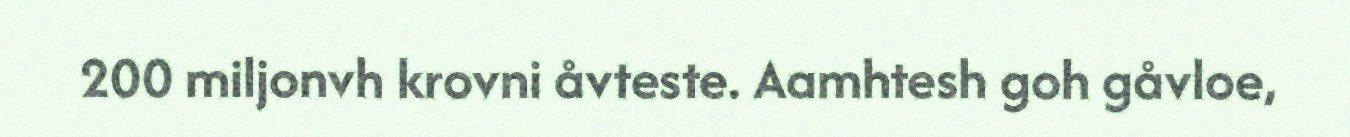
200 miljonvh krovni åvteste. Aamhtesh goh gåvloe,